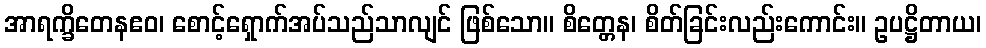
အာရက္ခိတေနဧဝ၊ စောင့်ရှောက်အပ်သည်သာလျင် ဖြစ်သော။ စိတ္တေန၊ စိတ်ခြင်းလည်းကောင်း။ ဥပဋ္ဌိတာယ၊